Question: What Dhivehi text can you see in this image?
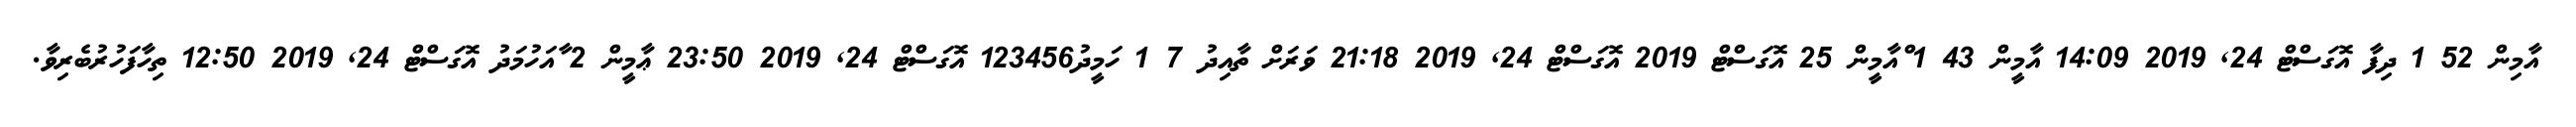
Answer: އާމިން 52 1 ދިފާ އޮގަސްޓް 24, 2019 14:09 އާމީން 43 1 ްއާމީން 25 އޮގަސްޓް 2019 އޮގަސްޓް 24, 2019 21:18 ވަރަށް ތާއިދު 7 1 ހަމީދު123456 އޮގަސްޓް 24, 2019 23:50 ޢާމީން 2 ާއަހުމަދު އޮގަސްޓް 24, 2019 12:50 ތިހާފަހުރުބެރިވާ.